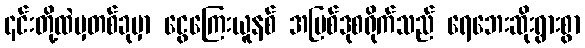
၎င်းတို့ထဲမှတစ်ခုမှာ ငွေကြေးယူနစ် အပြစ်ဒုစရိုက်သည် ရေဘေးဆိုးရွားစွာ